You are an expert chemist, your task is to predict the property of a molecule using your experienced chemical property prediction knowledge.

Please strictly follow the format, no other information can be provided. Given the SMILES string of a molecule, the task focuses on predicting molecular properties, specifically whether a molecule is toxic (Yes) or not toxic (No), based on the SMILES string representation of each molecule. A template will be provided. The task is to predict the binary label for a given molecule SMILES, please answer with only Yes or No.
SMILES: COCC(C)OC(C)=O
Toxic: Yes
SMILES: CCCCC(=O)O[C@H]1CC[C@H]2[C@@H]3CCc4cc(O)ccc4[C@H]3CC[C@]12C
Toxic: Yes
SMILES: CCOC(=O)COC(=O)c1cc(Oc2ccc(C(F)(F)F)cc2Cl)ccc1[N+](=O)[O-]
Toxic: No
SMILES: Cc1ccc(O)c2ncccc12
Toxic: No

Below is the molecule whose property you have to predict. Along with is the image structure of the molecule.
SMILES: CCN(CC)CCC(=O)N1c2ccccc2Sc2ccc(C(F)(F)F)cc21
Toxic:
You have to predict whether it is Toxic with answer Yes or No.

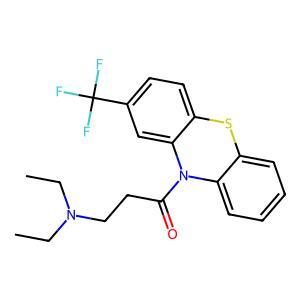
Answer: No